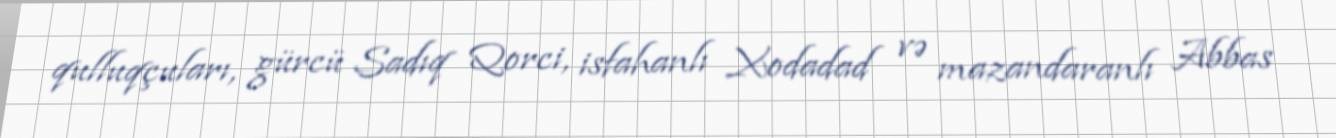
qulluqçuları, gürcü Sadıq Qorci, isfahanlı Xodadad və mazandaranlı Abbas